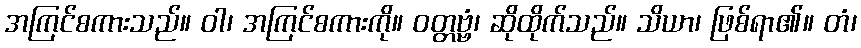
အကြင်စကားသည်။ ဝါ၊ အကြင်စကားကို။ ဝတ္တဗ္ဗံ၊ ဆိုထိုက်သည်။ သိယာ၊ ဖြစ်ရာ၏။ တံ၊